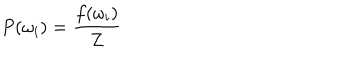
P ( \omega _ { i } ) = \frac { f ( \omega _ { i } ) } { Z }